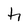
Character: h